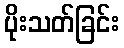
ပိုးသတ်ခြင်း